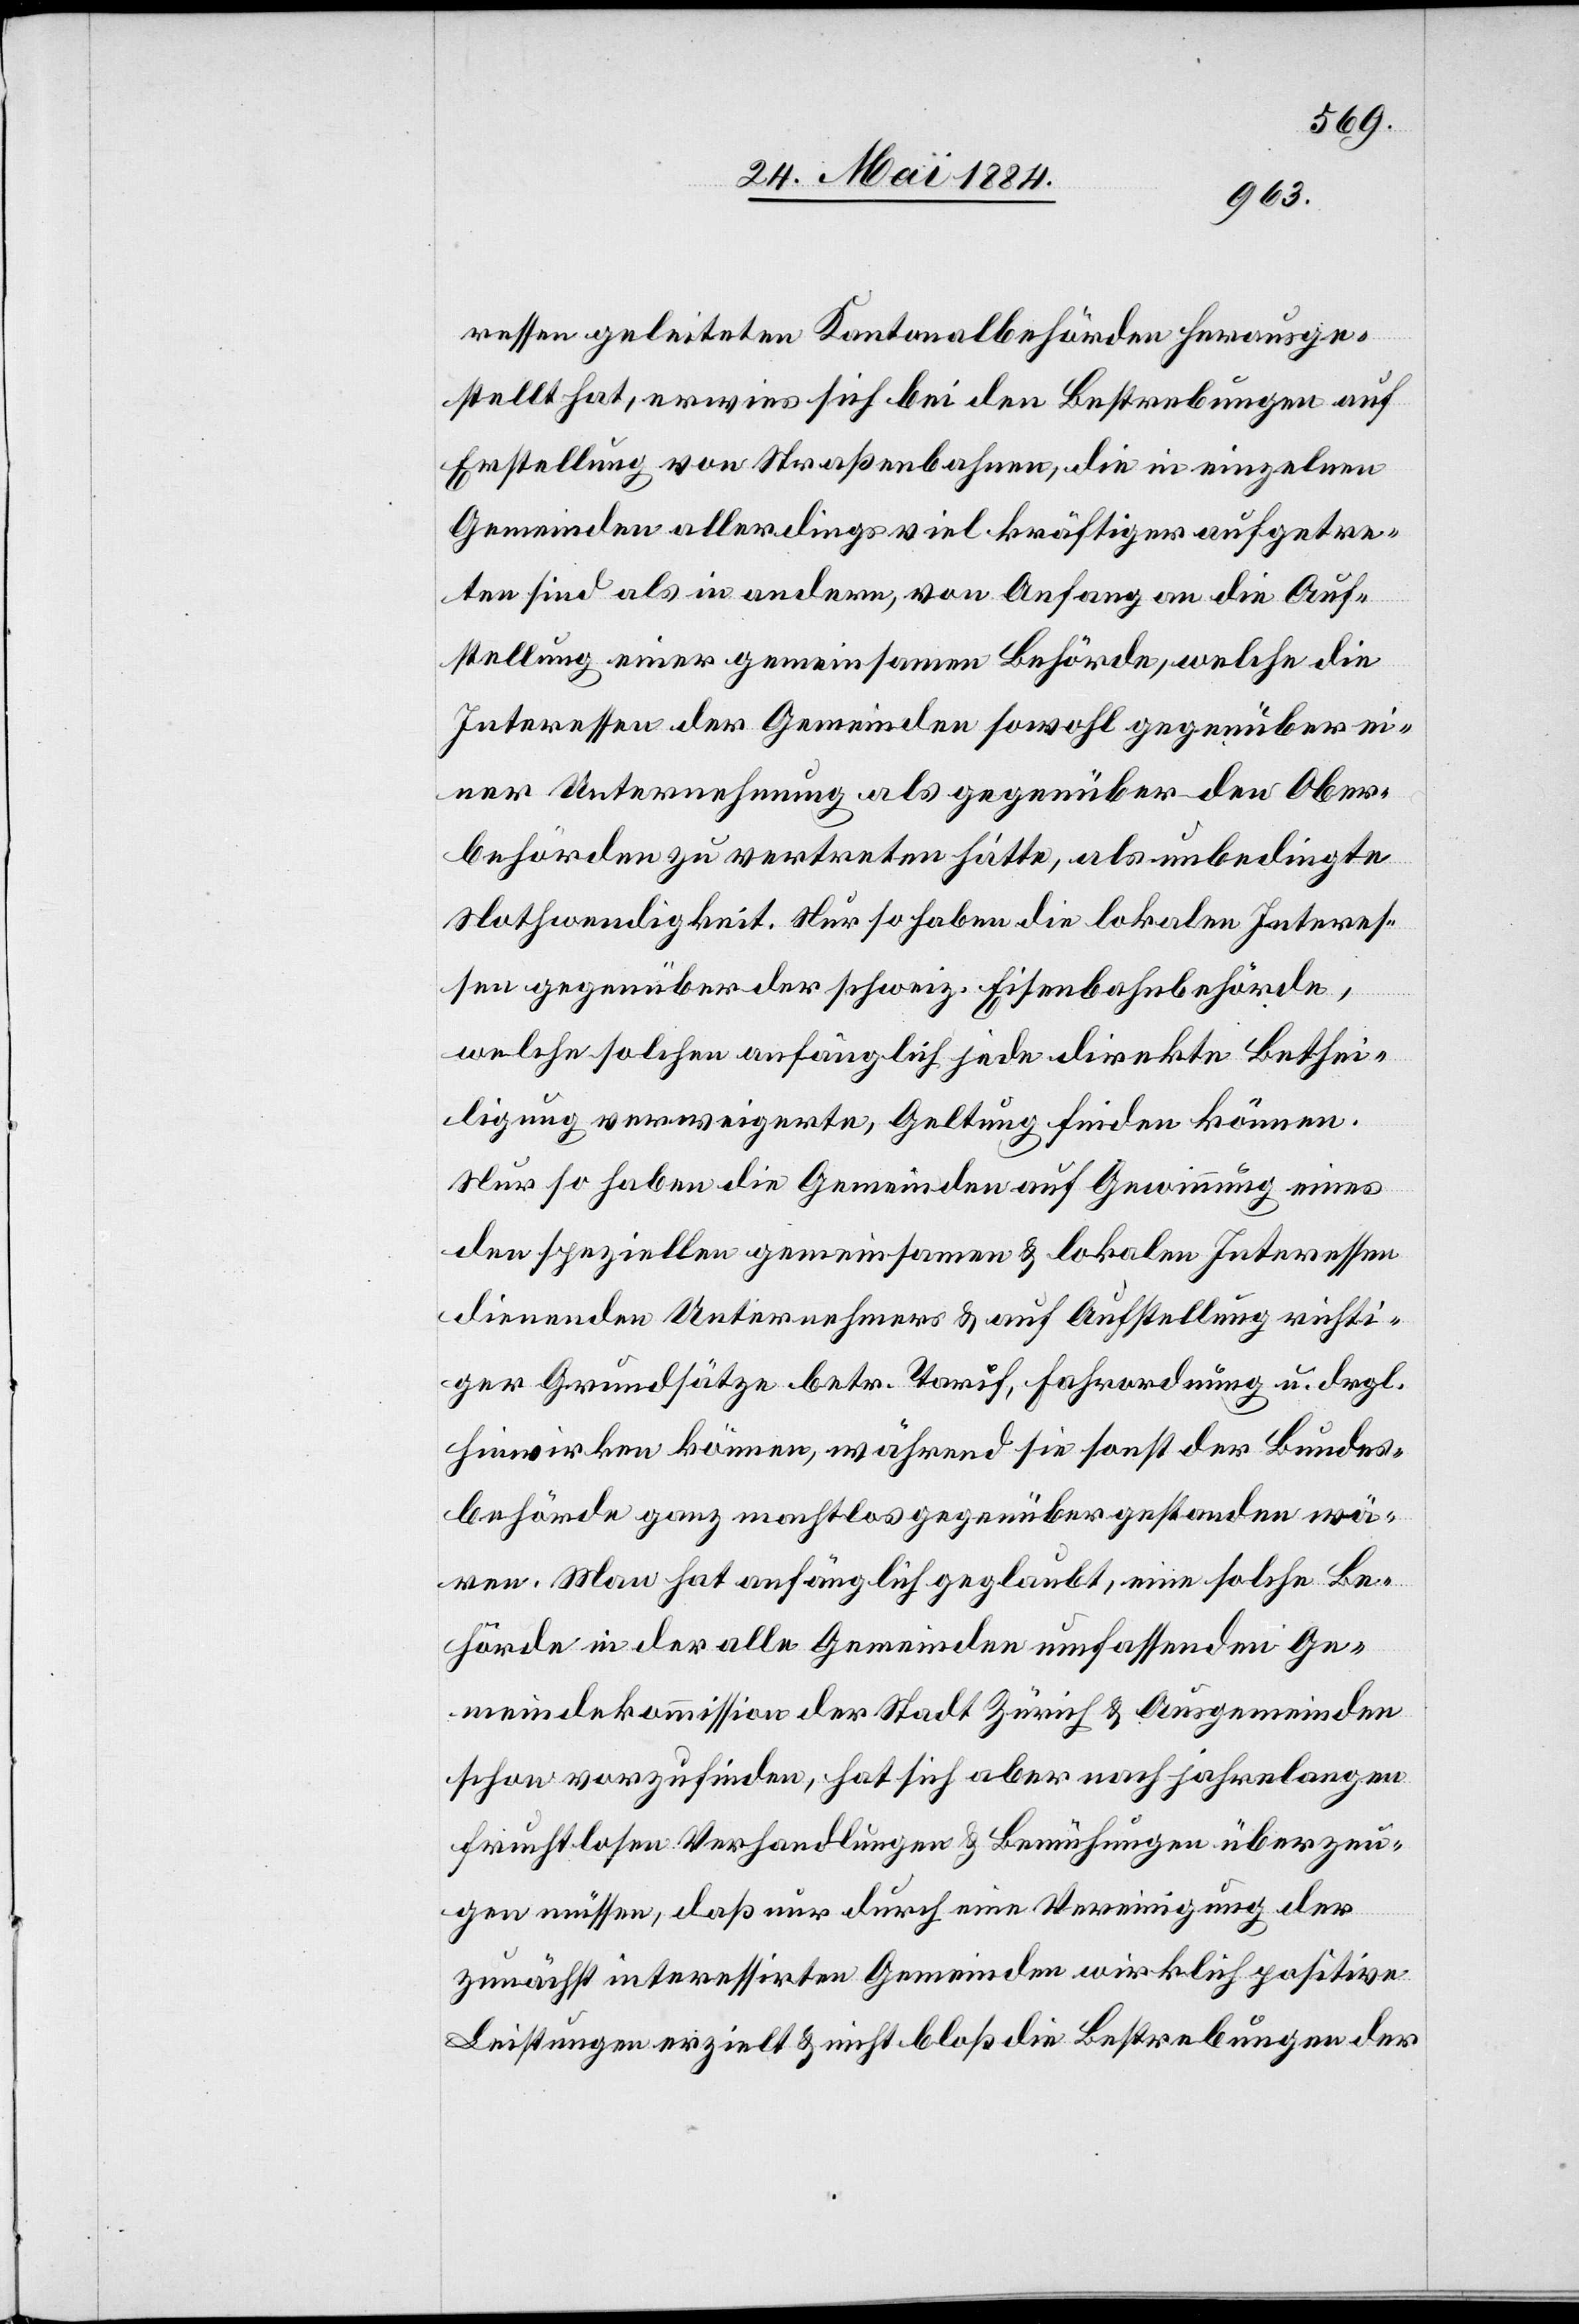
ressen geleiteten Kantonalbehörden herausge¬
stellt hat, erwies sich bei den Bestrebungen auf
Erstellung von Straßenbahnen, die in einzelnen
Gemeinden allerdings viel kräftiger aufgetre¬
ten sind als in andern, von Anfang an die Auf¬
stellung einer gemeinsamen Behörde, welche die
Interessen der Gemeinde sowohl gegenüber ei¬
ner Unternehmung als gegenüber der Ober¬
behörden zu vertreten hätte, als unbedingte
Nothwendigkeit. Nur so haben die lokalen Interes¬
sen gegenüber der schweiz. Eisenbahnbehörde,
welche solchen anfänglich jede direkte Bethei¬
ligung verweigerte, Geltung finden können.
Nur so haben die Gemeinden auf Gewinnung eines
den speziellen gemeinsamen & lokalen Interessen
dienenden Unternehmens & auf Aufstellung richti¬
ger Grundsätze betr. Tarif, Fahrordnung u. drgl.
hinwirken können, während sie sonst der Bundes¬
behörde ganz machtlos gegenüber gestanden wä¬
ren. Man hat anfänglich geglaubt, eine solche Be¬
hörde in der alle Gemeinden umfassenden Ge¬
meindekommission der Stadt Zürich & Ausgemeinden
schon vorzufinden, hat sich aber nach jahrelangen
fruchtlosen Verhandlungen & Bemühungen überzeu¬
gen müssen, daß nur durch eine Vereinigung der
zunächst interessirten Gemeinden wirklich positive
Leistungen erzielt & nicht bloß die Bestrebungen der